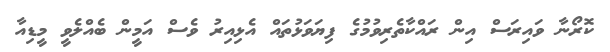
ކޮރޯނާ ވައިރަސް އިން ރައްކާތެރިވުމުގެ ފިޔަވަޅުތައް އެޅިއިރު ވެސް އަމީން ބެއްލެވީ މީޑިއާ